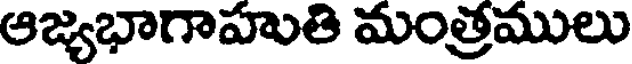
ఆజ్యభాగాహుతి మంత్రములు